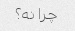
چرا نه؟